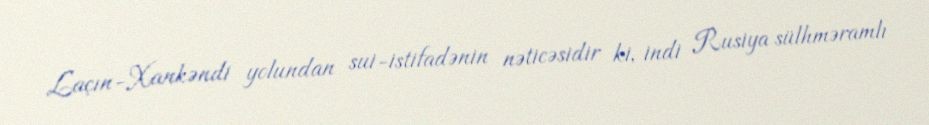
Laçın-Xankəndi yolundan sui-istifadənin nəticəsidir ki, indi Rusiya sülhməramlı